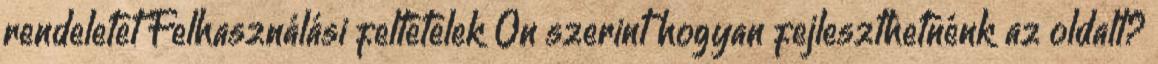
rendeletet Felhasználási feltételek Ön szerint hogyan fejleszthetnénk az oldalt?